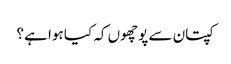
کپتان سے پوچھوں کہ کیا ہوا ہے؟